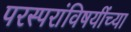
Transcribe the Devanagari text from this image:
परस्परांविषयींच्या